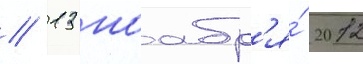
// 13 ноабр'я́ 2012